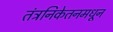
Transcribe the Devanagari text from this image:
तंत्रनिकेतनमधून